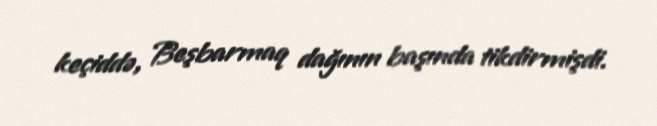
keçiddə, Beşbarmaq dağının başında tikdirmişdi.